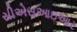
સીએસઆઇઆર